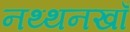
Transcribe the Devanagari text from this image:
नथ्थनखाँ